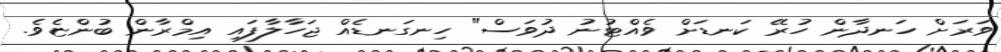
ވަރަށް ހަނދާން ހުރޭ ކަނޑަށް ވެއްޓުނު ދުވަސް" ހިނގަނޑެއް ޖަހާލާފައި އިމްރާން ބުންޏެވެ.